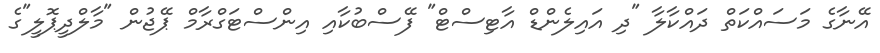
އޭނާގެ މަސައްކަތް ދައްކާލާ "ދި އައިލެންޑް އާޓިސްޓް" ފޭސްބުކާއި އިންސްޓަގްރާމް ޕޭޖުން "މާލްދީޕޮލީ"ގެ